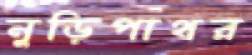
নুড়িপাথর